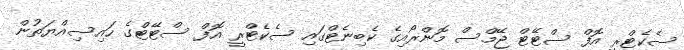
ސެކެޓްރީ އޮފް ސްޓޭޓް ޖޭމްސް މޮންރޯއިގެ ކެބިނެޓްގައި ސެކެޓްރީ އޮފް ސްޓޭޓްގެ ހައިސިއްޔަތުން